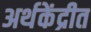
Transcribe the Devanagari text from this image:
अर्थकेंद्रीत